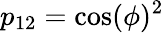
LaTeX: p_{12}=\cos(\phi)^{2}